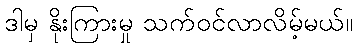
ဒါမှ နိုးကြားမှု သက်ဝင်လာလိမ့်မယ်။